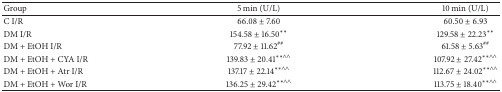
<table><thead><tr><td><b>Group</b></td><td><b>5 min (U/L)</b></td><td><b>10 min (U/L)</b></td></tr></thead><tbody><tr><td>C I/R</td><td>66.08 ± 7.60</td><td>60.50 ± 6.93</td></tr><tr><td>DM I/R</td><td>154.58 ± 16.50<sup><i>∗∗</i></sup></td><td>129.58 ± 22.23<sup><i>∗∗</i></sup></td></tr><tr><td>DM + EtOH I/R</td><td>77.92 ± 11.62<sup>##</sup></td><td>61.58 ± 5.63<sup>##</sup></td></tr><tr><td>DM + EtOH + CYA I/R</td><td>139.83 ± 20.41<sup><i>∗∗</i>∧∧</sup></td><td>107.92 ± 27.42<sup><i>∗∗</i>∧∧</sup></td></tr><tr><td>DM + EtOH + Atr I/R</td><td>137.17 ± 22.14<sup><i>∗∗</i>∧∧</sup></td><td>112.67 ± 24.02<sup><i>∗∗</i>∧∧</sup></td></tr><tr><td>DM + EtOH + Wor I/R</td><td>136.25 ± 29.42<sup><i>∗∗</i>∧∧</sup></td><td>113.75 ± 18.40<sup><i>∗∗</i>∧∧</sup></td></tr></tbody></table>